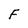
Character: F